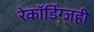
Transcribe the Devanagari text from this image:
रेकॉर्डिंग्जही